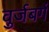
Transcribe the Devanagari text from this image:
वुर्जबर्ग